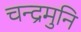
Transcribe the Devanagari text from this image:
चन्द्रमुनि